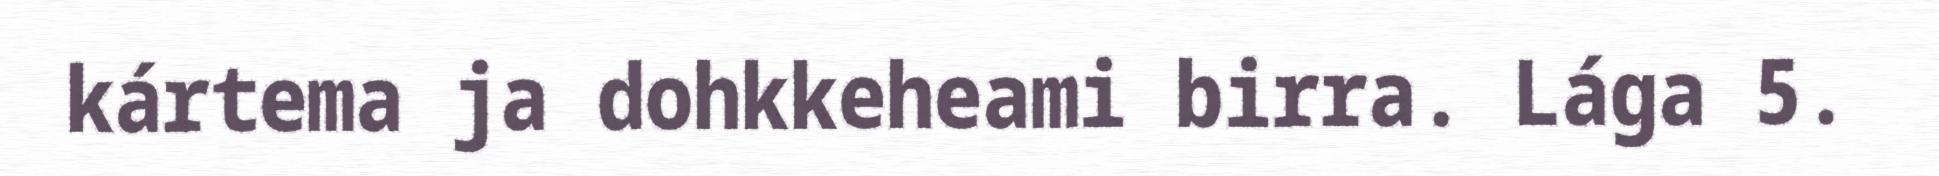
kártema ja dohkkeheami birra. Lága 5.